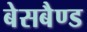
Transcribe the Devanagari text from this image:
बेसबैण्ड